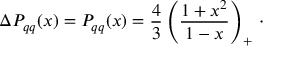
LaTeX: \Delta P _ { q q } ( x ) = P _ { q q } ( x ) = { \frac { 4 } { 3 } } \left( { \frac { 1 + x ^ { 2 } } { 1 - x } } \right) _ { + } \, \cdot